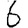
Digit: 6